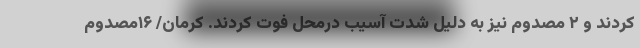
کردند و ۲ مصدوم نیز به دلیل شدت آسیب درمحل فوت کردند. کرمان/ ۱۶مصدوم